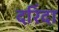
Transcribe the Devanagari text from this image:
दरिंदा